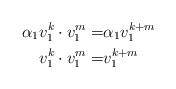
LaTeX: \begin{align*} \alpha_1v_1^k \cdot v_1^{m}= & \alpha_1v_1^{k+m} \\v_1^k \cdot v_1^{m}= & v_1^{k+m} \\\end{align*}